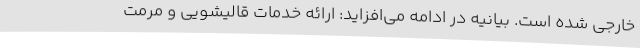
خارجی شده است. بیانیه در ادامه می‌افزاید: ارائه خدمات قالیشویی و مرمت